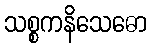
သစ္စကနိသေဓော